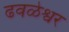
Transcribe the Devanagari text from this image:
ढवळेश्वर